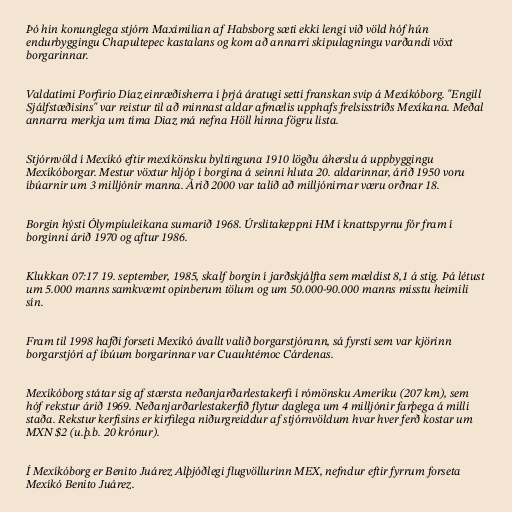
Þó hin konunglega stjórn Maximilian af Habsborg sæti ekki lengi við völd hóf hún
endurbyggingu Chapultepec kastalans og kom að annarri skipulagningu varðandi vöxt
borgarinnar.

Valdatími Porfirio Díaz einræðisherra í þrjá áratugi setti franskan svip á Mexíkóborg. "Engill
Sjálfstæðisins" var reistur til að minnast aldar afmælis upphafs frelsisstríðs Mexíkana. Meðal
annarra merkja um tíma Diaz má nefna Höll hinna fögru lista.

Stjórnvöld í Mexíkó eftir mexíkönsku byltinguna 1910 lögðu áherslu á uppbyggingu
Mexíkóborgar. Mestur vöxtur hljóp í borgina á seinni hluta 20. aldarinnar, árið 1950 voru
íbúarnir um 3 milljónir manna. Árið 2000 var talið að milljónirnar væru orðnar 18.

Borgin hýsti Ólympíuleikana sumarið 1968. Úrslitakeppni HM í knattspyrnu fór fram í
borginni árið 1970 og aftur 1986.

Klukkan 07:17 19. september, 1985, skalf borgin í jarðskjálfta sem mældist 8,1 á stig. Þá létust
um 5.000 manns samkvæmt opinberum tölum og um 50.000-90.000 manns misstu heimili
sín.

Fram til 1998 hafði forseti Mexíkó ávallt valið borgarstjórann, sá fyrsti sem var kjörinn
borgarstjóri af íbúum borgarinnar var Cuauhtémoc Cárdenas.

Mexíkóborg státar sig af stærsta neðanjarðarlestakerfi í rómönsku Ameríku (207 km), sem
hóf rekstur árið 1969. Neðanjarðarlestakerfið flytur daglega um 4 milljónir farþega á milli
staða. Rekstur kerfisins er kirfilega niðurgreiddur af stjórnvöldum hvar hver ferð kostar um
MXN $2 (u.þ.b. 20 krónur).

Í Mexíkóborg er Benito Juárez Alþjóðlegi flugvöllurinn MEX, nefndur eftir fyrrum forseta
Mexíkó Benito Juárez.